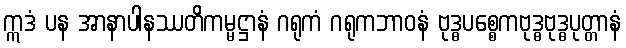
ဣဒံ ပန အာနာပါနဿတိကမ္မဋ္ဌာနံ ဂရုကံ ဂရုကဘာဝနံ ဗုဒ္ဓပစ္စေကဗုဒ္ဓဗုဒ္ဓပုတ္တာနံ